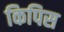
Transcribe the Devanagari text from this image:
किपिस